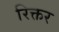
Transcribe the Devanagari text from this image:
रिक्तर